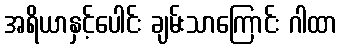
အရိယာနှင့်ပေါင်း ချမ်းသာကြောင်း ဂါထာ